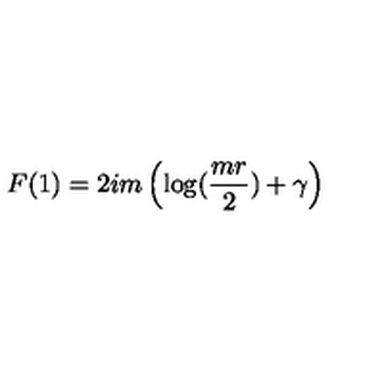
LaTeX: F ( 1 ) = 2 i m \left( \log ( { \frac { m r } { 2 } } ) + \gamma \right)